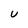
Character: U